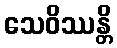
သေဝိဿန္တိ